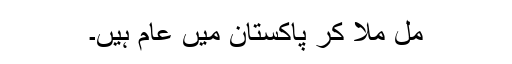
مل ملا کر پاکستان میں عام ہیں۔